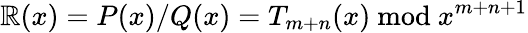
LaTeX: \mathbb{R}(x)=P(x)/Q(x)=T_{m+n}(x){\mathrm{{~mod~}}}x^{m+n+1}